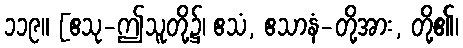
၁၁၉။ [ဧသု-ဤသူတို့၌၊ ဧသံ, ဧသာနံ-တို့အား, တို့၏၊